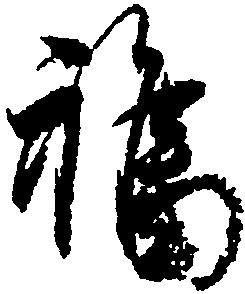
福